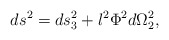
\begin{align*}ds^{2}=ds_{3}^{2}+l^{2}\Phi ^{2}d\Omega _{2}^{2},\end{align*}